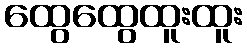
ထွေထွေထူးထူး